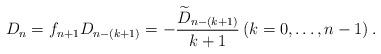
LaTeX: \begin{align*} D_{n}= f_{n+1} D_{n-(k+1)}=-\dfrac{\widetilde{D}_{n-(k+1)}}{k+1} \left(k=0, \ldots, n-1\right). \end{align*}